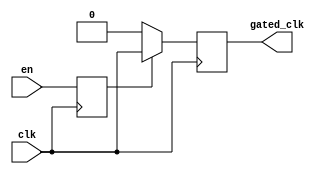
module ClockGatingBuffer (
    input wire clk,        // Main clock signal
    input wire en,        // Enable signal for clock gating
    output reg gated_clk   // Gated clock output
);

// Internal signal for synchronization
reg en_sync;

// Synchronize the enable signal with the clock
always @(posedge clk) begin
    en_sync <= en;
end

// Generate the gated clock based on the enable signal
always @(posedge clk) begin
    if (en_sync) begin
        gated_clk <= clk; // Pass through the clock when enabled
    end else begin
        gated_clk <= 1'b0; // Hold the clock low when disabled
    end
end

endmodule